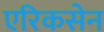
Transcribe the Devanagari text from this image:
एरिकसेन